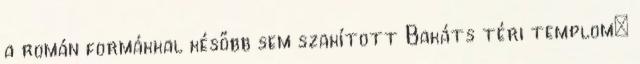
a román formákkal később sem szakított Bakáts téri templom;